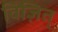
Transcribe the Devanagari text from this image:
विज़ित्